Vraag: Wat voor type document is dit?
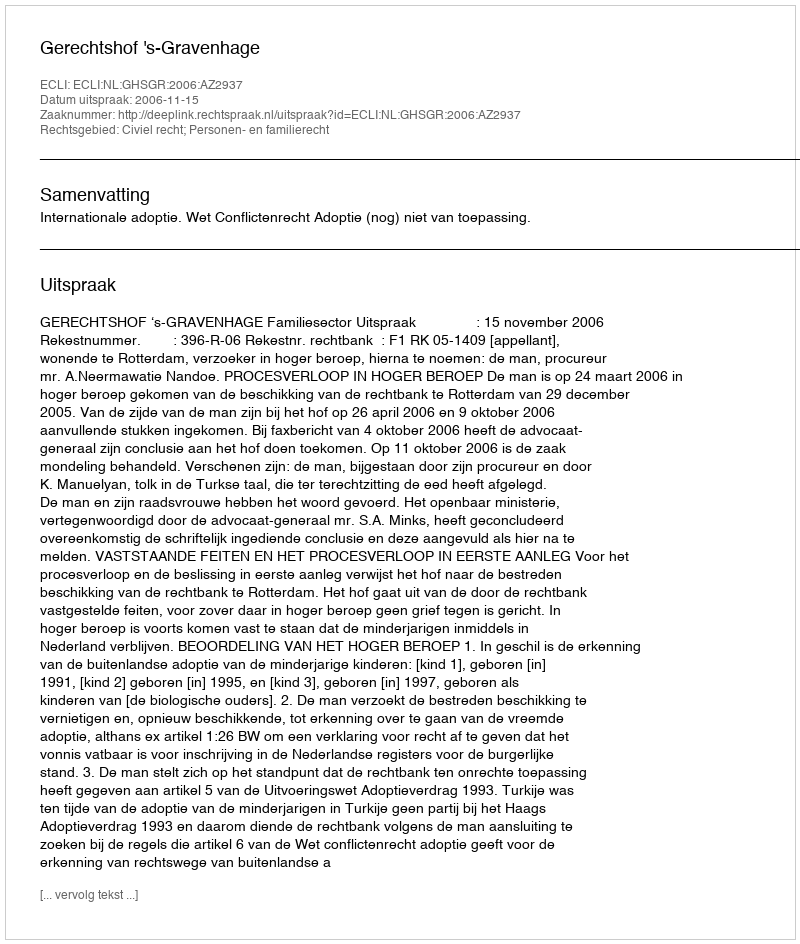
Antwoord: Uitspraak